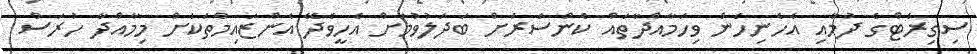
ސިގިރެޓްގެ ދުމާއި އެހެނިހެން ވިހަމާއްދާތައް ކެންސަރަށް ބަދަލުވުމަށް އެހީވެދޭ އެންޒައިމްތަކަށް މިމާއްދާ ހުރަސް